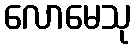
လောမေသု